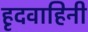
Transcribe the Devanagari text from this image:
हृदवाहिनी